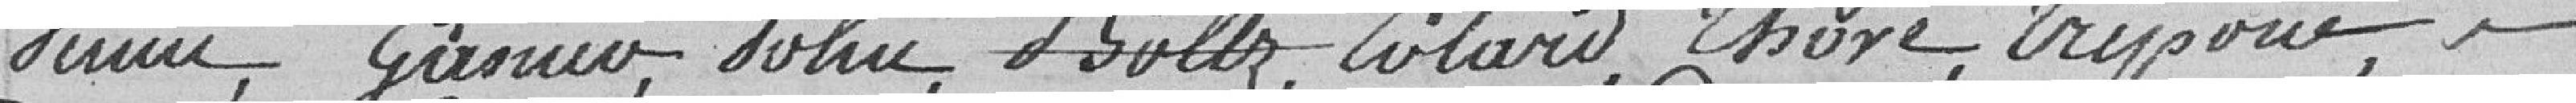
Vernier, Garsner?, Bohn, Folz, Colard, Thoré, Tripoué ,